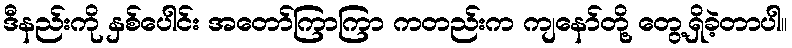
ဒီနည်းကို နှစ်ပေါင်း အတော်ကြာကြာ ကတည်းက ကျနော်တို့ တွေ့ရှိခဲ့တာပါ။